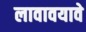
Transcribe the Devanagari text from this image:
लावावयावे